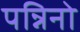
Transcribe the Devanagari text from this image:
पन्निनो